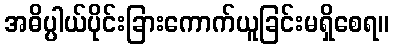
အဓိပ္ပါယ်ပိုင်းခြားကောက်ယူခြင်းမရှိစေရ။